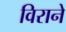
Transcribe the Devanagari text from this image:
विराने